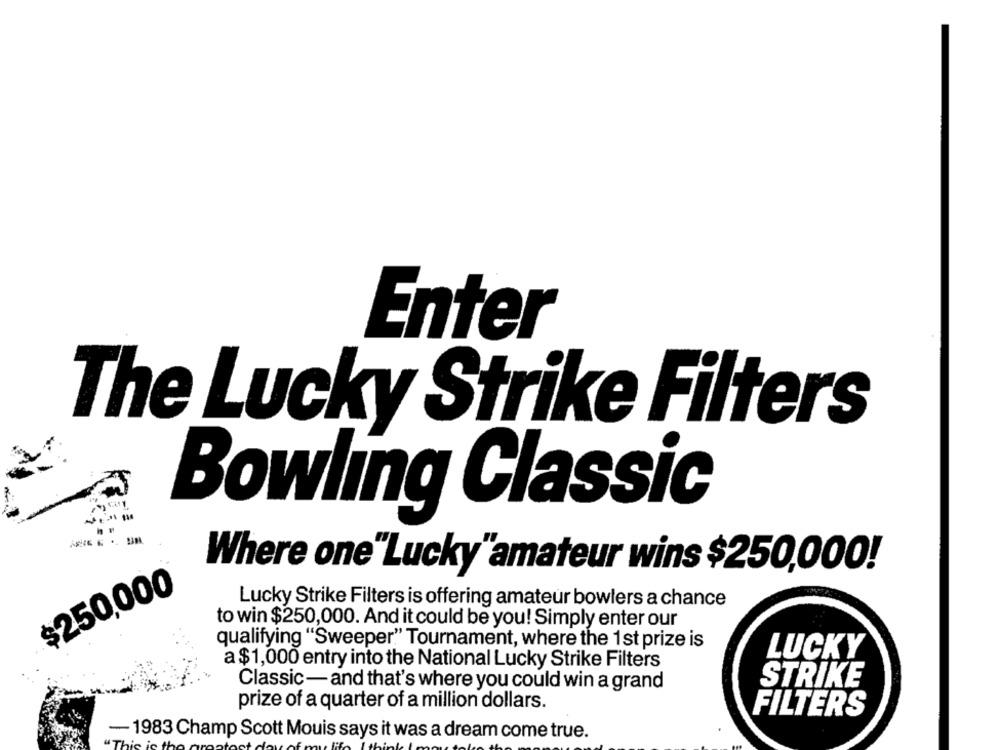
Enter
The Lucky Strike Filters
Bowling Classic
Un
Where one"Lucky"amateur wins $250,000!
$250,000
Lucky Strike Filters is offering amateur bowlers a chance
to win $250,000. And it could be you! Simply enter our
qualifying "Sweeper" Tournament, where the 1st prize is
LUCKY
a $1,000 entry into the National Lucky Strike Filters
STRIKE
Classic- and that's where you could win a grand
prize of a quarter of a million dollars.
FILTERS
-1983 Champ Scott Mouis says it was a dream come true.